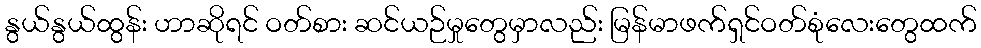
နွယ်နွယ်ထွန်း ဟာဆိုရင် ဝတ်စား ဆင်ယဉ်မှုတွေမှာလည်း မြန်မာဖက်ရှင်ဝတ်စုံလေးတွေထက်